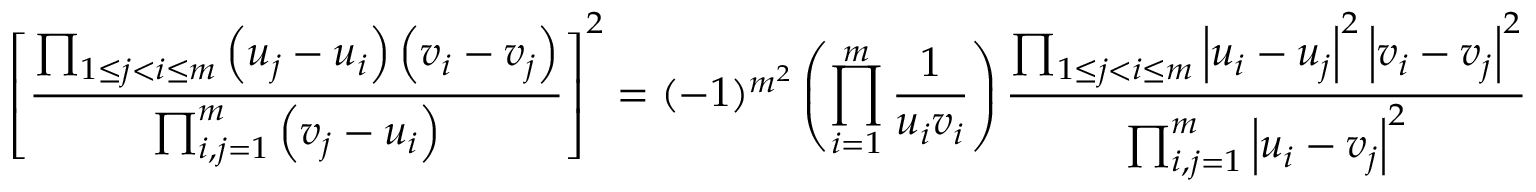
\left[ \frac { \prod _ { 1 \leq j < i \leq m } \left( u _ { j } - u _ { i } \right) \left( v _ { i } - v _ { j } \right) } { \prod _ { i , j = 1 } ^ { m } \left( v _ { j } - u _ { i } \right) } \right] ^ { 2 } = ( - 1 ) ^ { m ^ { 2 } } \left( \prod _ { i = 1 } ^ { m } \frac { 1 } { u _ { i } v _ { i } } \right) \frac { \prod _ { 1 \leq j < i \leq m } \left| u _ { i } - u _ { j } \right| ^ { 2 } \left| v _ { i } - v _ { j } \right| ^ { 2 } } { \prod _ { i , j = 1 } ^ { m } \left| u _ { i } - v _ { j } \right| ^ { 2 } }